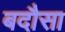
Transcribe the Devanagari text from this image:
बदौसा